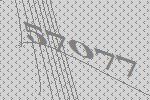
57077